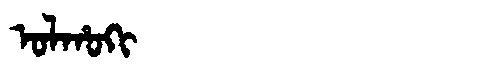
Manchu: ᠣᠯᡥᠣᡴᡳ
Romanization: OLHOKI